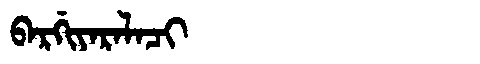
Manchu: ᠪᠠᡵᡤᡳᠶᠠᡵᠠᠯᠠᠴᡳ
Romanization: BARGIYARALACI